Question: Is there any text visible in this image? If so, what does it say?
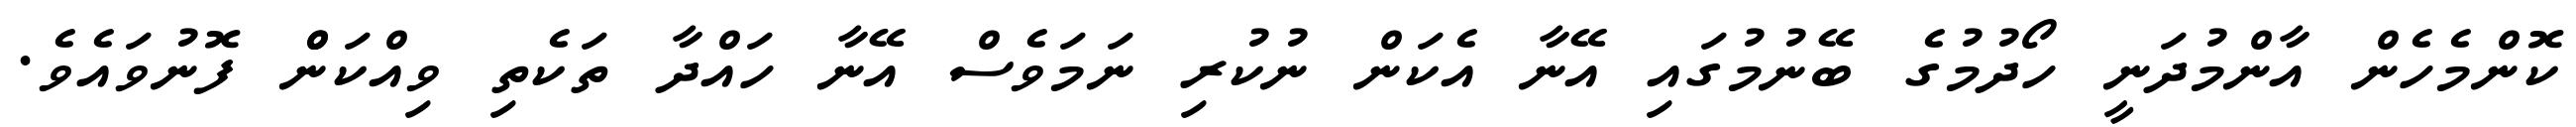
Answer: ކޮންމެހެން އާންމުދަނީ ހޯދުމުގެ ބޭނުމުގައި އޭނާ އެކަން ނުކުރި ނަމަވެސް އޭނާ ހައްދާ ތަކެތި ވިއްކަންް ފޮނުވައެވެ.